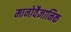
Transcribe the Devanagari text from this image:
मानोवैज्ञानिक